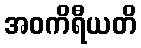
အဝကိရီယတိ